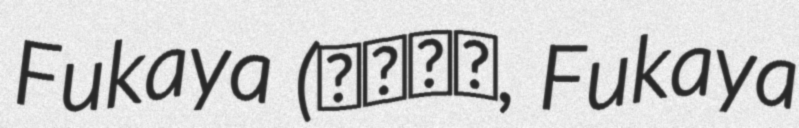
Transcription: Fukaya (深谷知広, Fukaya